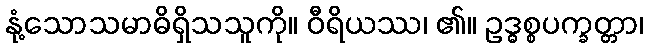
နုံ့သောသမာဓိရှိသသူကို။ ဝီရိယဿ၊ ၏။ ဥဒ္ဓစ္စပက္ခတ္တာ၊